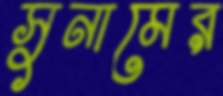
সুনামের